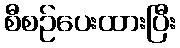
စီစဉ်ပေးထားပြီး